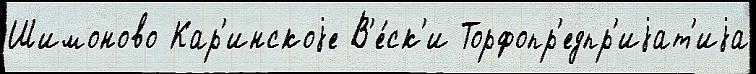
Шимоново Кар'инскоjе В'е́ск'и Торфопр'едпр'иjат'иjа